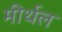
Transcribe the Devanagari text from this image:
मीर्थल